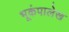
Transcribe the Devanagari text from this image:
भूकंपालेख